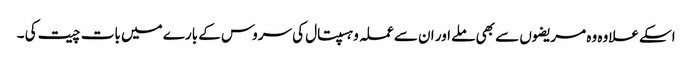
اسکے علاوہ وہ مریضوں سے بھی ملے اور ان سے عملہ وہسپتال کی سروس کے بارے میں بات چیت کی ۔